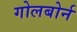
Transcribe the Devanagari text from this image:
गोलबोर्न